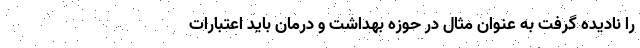
را نادیده گرفت به عنوان مثال در حوزه بهداشت و درمان باید اعتبارات